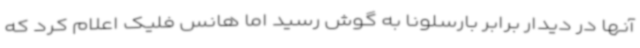
آنها در دیدار برابر بارسلونا به گوش رسید اما هانس فلیک اعلام کرد که